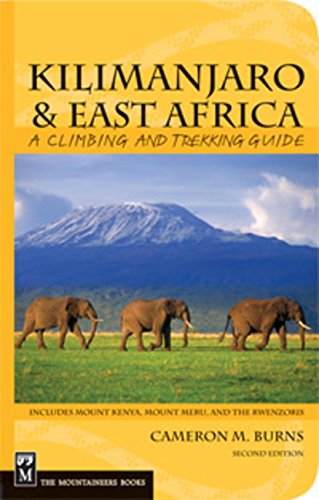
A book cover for Kilimanjaro & East Africa: A Climbing And Trekking Guide; Cameron M. Burns; Sports & Outdoors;